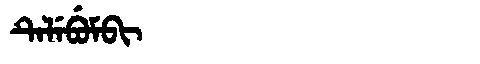
Manchu: ᡨᡝᠯᡝᠪᡠᠮᠪᡳ
Romanization: TELEBUMBI